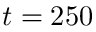
t = 2 5 0